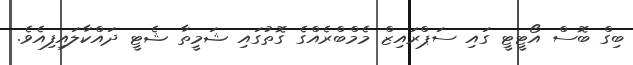
ބިގް ބޮސް އޯޓީޓީ ގައި ސަޕްރައިޒް މެމްބްރެއްގެ ގޮތުގައި ޝަމީތާ ޝެޓީ ދައްކާލައިފިއެވެ.